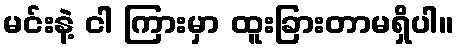
မင်းနဲ့ ငါ ကြားမှာ ထူးခြားတာမရှိပါ။